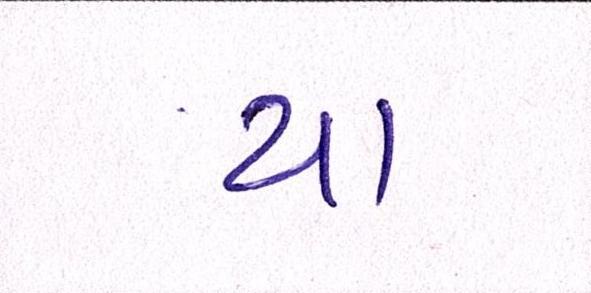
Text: યા